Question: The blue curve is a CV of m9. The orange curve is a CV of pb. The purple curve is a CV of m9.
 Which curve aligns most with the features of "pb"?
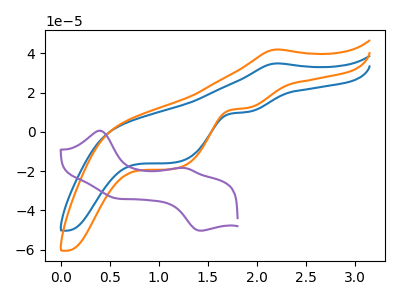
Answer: <think>The blue curve "m9" has an anodic peak at (2.20V, 34.95uA) and cathodic peaks at (1.90V, 10.10uA) (1.15V, -15.60uA). The orange curve "pb" has an anodic peak at (2.20V, 42.05uA) and cathodic peaks at (1.90V, 12.20uA) (1.15V, -18.80uA). The purple curve "m9" has anodic peaks at (0.40V, 0.65uA) (1.25V, -18.40uA) and cathodic peaks at (0.55V, -33.85uA) (1.45V, -50.40uA).
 All the peaks in "m9" have a peak in "pb" at the same potential. "m9" and "m9" have a different number of peaks. "pb" and "m9" have a different number of peaks.</think>
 <answer>The CV with the most similar shape to "m9" is "pb".</answer>
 <eval>"pb"</eval>